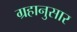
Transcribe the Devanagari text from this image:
ग्रहानुसार